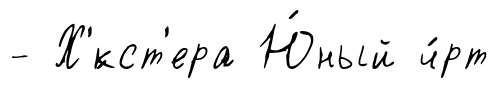
- Х'́кст'ера Ю́ный ч́рт